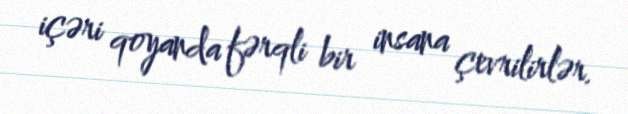
içəri qoyanda fərqli bir insana çevrilirlər.